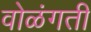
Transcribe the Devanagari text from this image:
वोळंगती